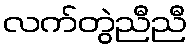
လက်တွဲညီညီ